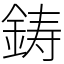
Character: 鋳